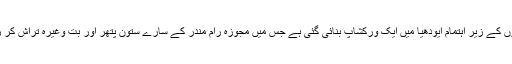
ہندو تنظیموں کے زیر اہتمام ایودھیا میں ایک ورکشاپ بنائی گئی ہے جس میں مجوزہ رام مندر کے سارے ستون پتھر اور بت وغیرہ تراش کر رکھے ہیں۔